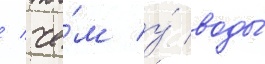
/ че́м у́ воды́